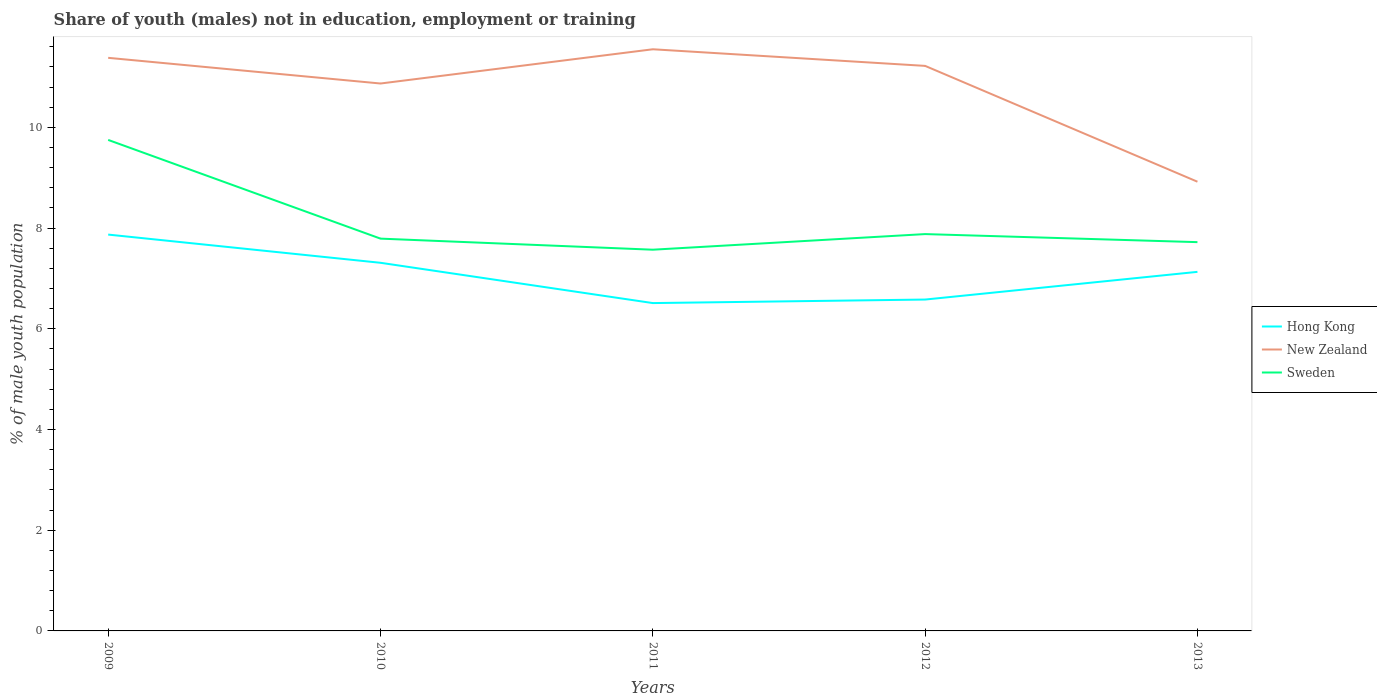
| Years | Hong Kong | New Zealand | Sweden |
 | --- | --- | --- | --- |
 | 2009 | 7.87 | 11.4 | 9.75 |
 | 2010 | 7.31 | 10.9 | 7.79 |
 | 2011 | 6.51 | 11.6 | 7.57 |
 | 2012 | 6.58 | 11.2 | 7.88 |
 | 2013 | 7.13 | 8.92 | 7.72 |